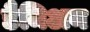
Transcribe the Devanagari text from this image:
डैमिअन